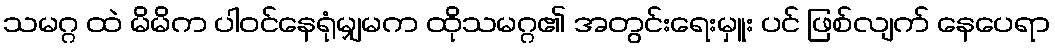
သမဂ္ဂ ထဲ မိမိက ပါဝင်နေရုံမျှမက ထိုသမဂ္ဂ၏ အတွင်းရေးမှူး ပင် ဖြစ်လျက် နေပေရာ